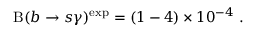
\mathrm { B } ( b \to s \gamma ) ^ { \mathrm { e x p } } = ( 1 - 4 ) \times 1 0 ^ { - 4 } \ .